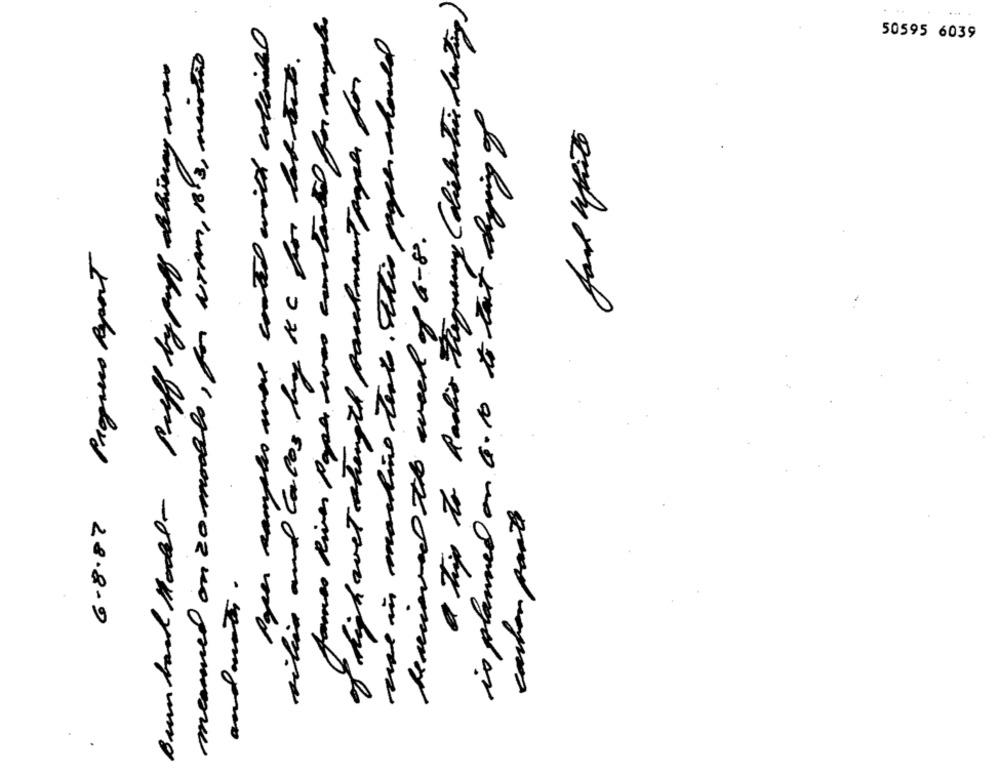
a Thijs to Radio Frequency ( diskretion deating)
James River Pass ives contrato for manalo
Pyser samples move coated with colloidal
une in martine tests. Ottis pagee should
50595 6039
menmed on 20 models, for Nina, 13, mistão
silien and carlos by KC for latest.
is planned on a. 10 to that dig g
Remueve itt week of 6-8.
6.8.87 Progress Report